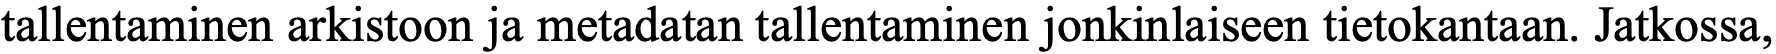
tallentaminen arkistoon ja metadatan tallentaminen jonkinlaiseen tietokantaan. Jatkossa,